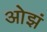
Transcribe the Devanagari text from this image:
ओझं